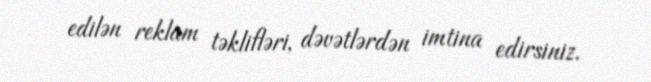
edilən reklam təklifləri, dəvətlərdən imtina edirsiniz.